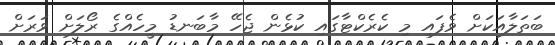
ބަތަލާއަކަށް ވެފައި މި ކެރެކްޓާގައި ކުޅެން ޖެހޭ މާބަނޑު މީހެއްގެ ރޯލަށް ވަރަށް